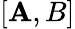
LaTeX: [\mathbf{A},B]